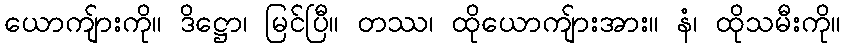
ယောကျ်ားကို။ ဒိဋ္ဌော၊ မြင်ပြီ။ တဿ၊ ထိုယောကျ်ားအား။ နံ၊ ထိုသမီးကို။